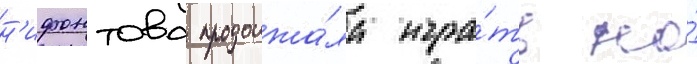
н'ифонтова продолжа́ла игра́ть на́